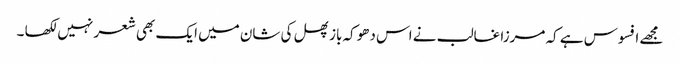
مجھے افسوس ہے کہ مرزا غالب نے اس دھوکہ باز پھل کی شان میں ایک بھی شعر نہیں لکھا ۔